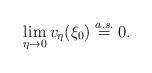
LaTeX: \begin{align*} \lim_{\eta\to0}v_\eta(\xi_0)\stackrel{a.s.}{=}0.\end{align*}